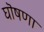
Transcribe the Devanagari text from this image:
घॊषणा